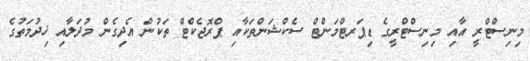
މިނިސްޓްރީ އާއި މިނިސްޓްރީގެ ޑިޕަރޓްމަންޓް ސެކްޝަންތަކާއި ޕްރޮޖެކްޓް ތަކުން އެދިގެން މުދަލާއި ޚިދުމަތުގެ